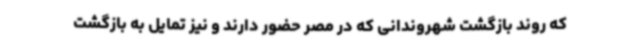
که روند بازگشت شهروندانی که در مصر حضور دارند و نیز تمایل به بازگشت